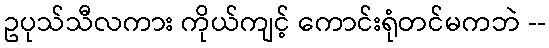
ဥပုသ်သီလကား ကိုယ်ကျင့် ကောင်းရုံတင်မကဘဲ --